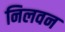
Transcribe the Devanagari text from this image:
निलवन